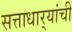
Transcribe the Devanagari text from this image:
सत्ताधार्‍यांची